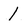
Character: I